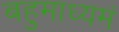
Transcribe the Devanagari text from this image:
बहुमाध्‍यमं